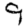
Digit: 9